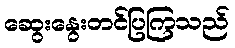
ဆွေးနွေးတင်ပြကြသည်